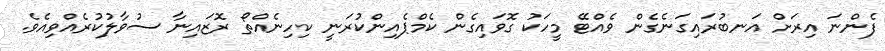
ފެންނަ އިރަށް އަނބުރައިގަނެގެން ވެއްޓޭ މީހަކު ގޮވައިގެން ކެމްޕެއިންކުރަނީ ކިހިނެއްތޯ ރޮޒައިނާ ސުވާލުކުރެއްވިއެވެ.